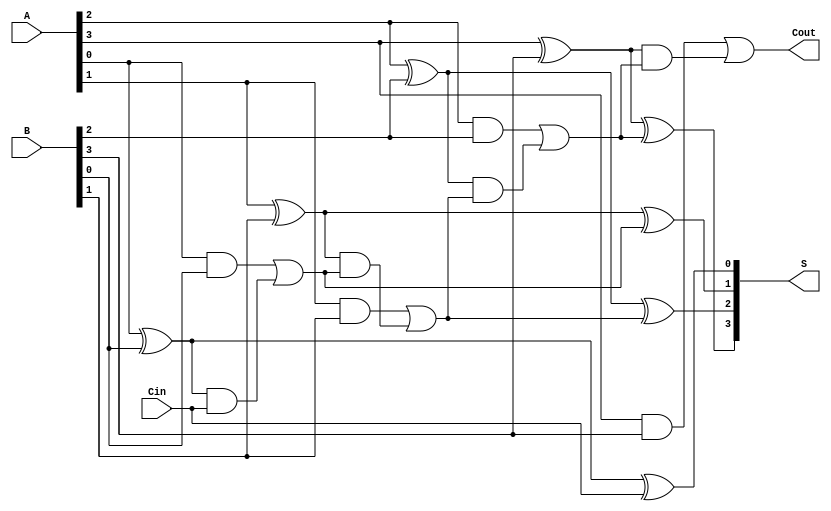
module ConditionalSumAdder #(
    parameter N = 4 // Number of bits in the input
)(
    input  [N-1:0] A,    // First n-bit binary number
    input  [N-1:0] B,    // Second n-bit binary number
    input          Cin,   // Carry-in signal
    output [N-1:0] S,     // n-bit sum output
    output         Cout    // Carry-out signal
);

    // Intermediate signals
    wire [N-1:0] P;  // Generate Propagate signals
    wire [N-1:0] G;  // Generate signals
    wire [N:0] C;    // Carry signals (C[0] is Cin)

    // Assign the carry input
    assign C[0] = Cin;

    // Generate and Propagate computations for each bit
    genvar i;
    generate
        for (i = 0; i < N; i = i + 1) begin: csa
            // Propagate = A XOR B
            assign P[i] = A[i] ^ B[i];
            // Generate = A AND B
            assign G[i] = A[i] & B[i];
            // Carry logic
            assign C[i + 1] = G[i] | (P[i] & C[i]);
            // Sum calculation
            assign S[i] = P[i] ^ C[i];
        end
    endgenerate

    // Final carry output
    assign Cout = C[N];

endmodule